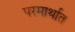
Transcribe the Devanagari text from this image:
परमार्थात